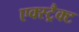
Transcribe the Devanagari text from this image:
एक्स्ट्रैक्ट